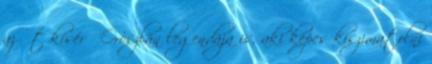
az őt kísérő Oroszlán legendája is, aki képes kiszimatolni